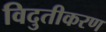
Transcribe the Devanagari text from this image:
विदुतीकरण